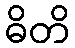
ဓိတိ